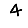
Digit: 4